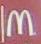
m